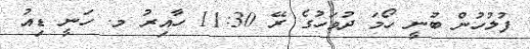
ފުލުހުން ބުނީ ހޯމަ ދުވަހުގެ ރޭ 11:30 ހާއިރު މ. ހަނީ ޑިއު